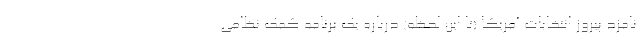
نامزد پیروز انتخابات آمریکا (تا این لحظه) درباره یک برنامه کمک نظامی